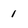
Character: 1